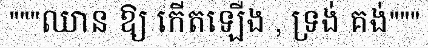
"""ឈាន ឱ្យ កើតឡើង , ទ្រង់ គង់"""